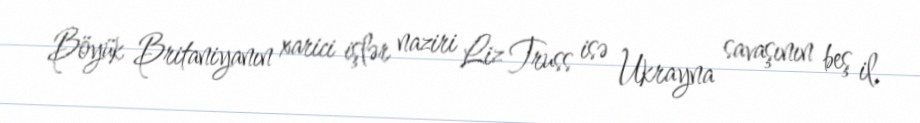
Böyük Britaniyanın xarici işlər naziri Liz Truss isə Ukrayna savaşının beş il,